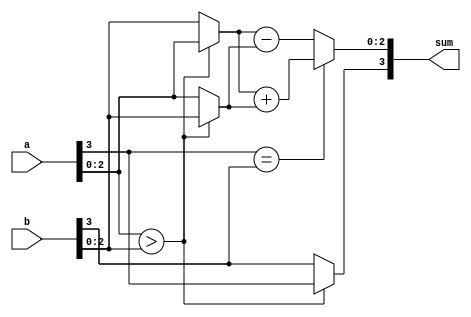
module sign_adder #(parameter N = 4)
    (input wire [N-1:0] a, b, output reg [N-1:0] sum);

reg [N-1:0] mag_a, mag_b, max, min;
reg sign_a, sign_b, sign_sum;

always @(*)
    begin    
    mag_a = a[N-2:0];
    mag_b = b[N-2:0];

    sign_a = a[N-1]; 
    sign_b = b[N-1];

    if (mag_a > mag_b)
        begin
            max = mag_a;
            min = mag_b;
            sign_sum = sign_a;
        end
    else
        begin
            max = mag_b;
            min = mag_a;
            sign_sum = sign_b;
        end

    if (sign_a == sign_b) begin
        sum[N-2:0] = max + min;
        end
    else begin
        sum[N-2:0] = max - min;
        end
  
    sum[N-1:0] = {sign_sum, sum[N-2:0]};
    
    end  
endmodule